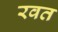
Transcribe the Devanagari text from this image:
रवत